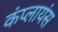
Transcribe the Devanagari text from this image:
कंप्लायंस